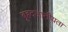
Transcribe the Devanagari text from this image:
बृहदजातीयता